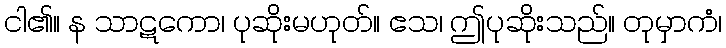
ငါ၏။ န သာဋကော၊ ပုဆိုးမဟုတ်။ ဧသ၊ ဤပုဆိုးသည်။ တုမှာကံ၊